Vaccination in Bombay 1874-1876 - 1874-1876
Year: 1874
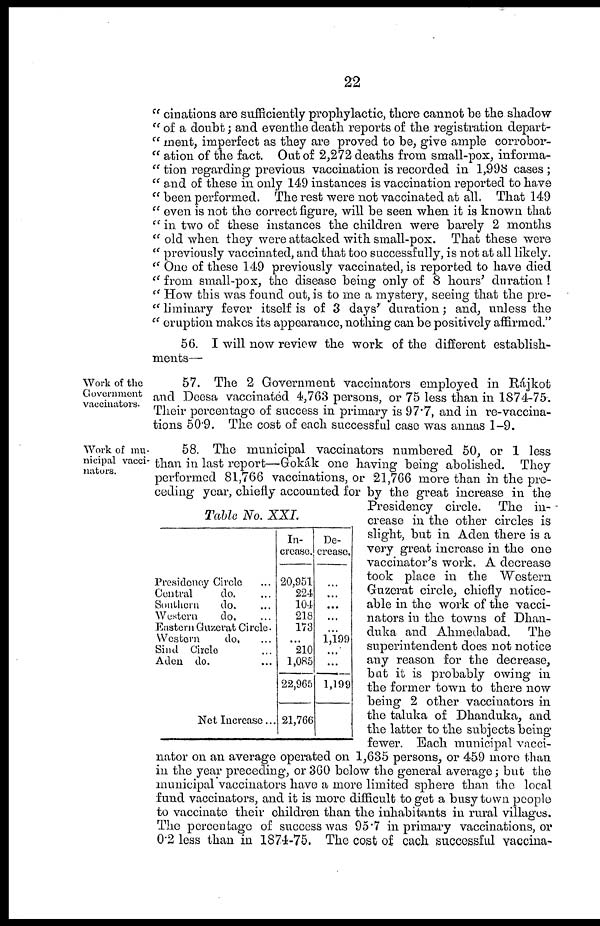
22
" cinations are sufficiently prophylactic, there cannot be the shadow
" of a doubt; and eventhe death reports of the registration depart¬
" ment, imperfect as they are proved to be, give ample corrobor¬
" ation of the fact. Out of 2,272 deaths from small-pox, informa¬
" tion regarding previous vaccination is recorded in 1,998 cases ;
" and of these in only 149 instances is vaccination reported to have
" been performed. The rest were not vaccinated at all. That 149
" even is not the correct figure, will be seen when it is known that
" in two of these instances the children were barely 2 months
" old when they were attacked with small-pox. That these were
" previously vaccinated, and that too successfully, is not at all likely.
" One of these 149 previously vaccinated, is reported to have died
" from small-pox, the disease being only of 8 hours' duration !
" How this was found out, is to me a mystery, seeing that the pre¬
" liminary fever itself is of 3 days' duration; and, unless the
" eruption makes its appearance, nothing can be positively affirmed."
56. I will now review the work of the different establish-
ments—
Work of the
Government
vaccinators.
57. The 2 Government vaccinators employed in Rájkot
and Deesa vaccinated 4,763 persons, or 75 less than in 1874-75.
Their percentage of success in primary is 97.7, and in re-vaccina-
tions 50.9. The cost of each successful case was annas 1-9.
Work of mu-
nicipal vacci-
nators.
Table No. XXI.
Presidency Circle ...
Central
do. ...
Southern
do. ...
Western
do. ...
Eastern Guzerat Circle.
Western
do. ...
Sind Circle ...
Aden do. ...
Net Increase..
In-
crease.
20,951
224
104
218
173
...
210
1,085
22,965
21,766
De-
crease.
...
...
...
...
...
1,199
...
...
1,199
58. The municipal vaccinators numbered 50, or 1 less
than in last report—Gokák one having being abolished. They
performed 81,766 vaccinations, or 21,766 more than in the pre-
ceding year, chiefly accounted for by the great increase in the
Presidency circle. The in-
crease in the other circles is
slight, but in Aden there is a
very great increase in the one
vaccinator's work. A decrease
took place in the Western
Guzerat circle, chiefly notice-
able in the work of the vacci-
nators in the towns of Dhan¬
duka and Ahmedabad. The
superintendent does not notice
any reason for the decrease,
but it is probably owing in
the former town to there now
being 2 other vaccinators in
the taluka of Dhanduka, and
the latter to the subjects being
fewer. Each municipal vacci-
nator on an average operated on 1,635 persons, or 459 more than
in the year preceding, or 360 below the general average; but the
municipal vaccinators have a more limited sphere than the local
fund vaccinators, and it is more difficult to get a busy town people
to vaccinate their children than the inhabitants in rural villages.
The percentage of success was 95.7 in primary vaccinations, or
0.2 less than in 1874-75. The cost of each successful vaccina-